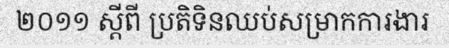
២០១១ ស្តីពី ប្រតិទិនឈប់សម្រាកការងារ